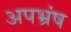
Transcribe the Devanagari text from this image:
अपभ्रंष